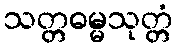
သတ္တဓမ္မသုတ္တံ